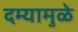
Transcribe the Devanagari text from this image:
दम्यामुळे